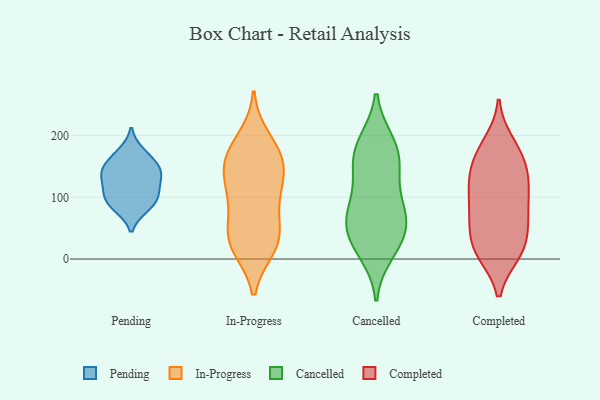
{"axis": {"x": "Website Visitors", "y": "Value"}, "legend": ["Cancelled", "Completed", "In-Progress", "Pending"], "data": [{"x": "", "y": 148, "type": "Pending"}, {"x": "", "y": 84, "type": "Pending"}, {"x": "", "y": 162, "type": "Pending"}, {"x": "", "y": 107, "type": "Pending"}, {"x": "", "y": 134, "type": "Pending"}, {"x": "", "y": 112, "type": "Pending"}, {"x": "", "y": 86, "type": "Pending"}, {"x": "", "y": 138, "type": "Pending"}, {"x": "", "y": 98, "type": "Pending"}, {"x": "", "y": 173, "type": "Pending"}, {"x": "", "y": 139, "type": "Pending"}, {"x": "", "y": 89, "type": "In-Progress"}, {"x": "", "y": 159, "type": "In-Progress"}, {"x": "", "y": 115, "type": "In-Progress"}, {"x": "", "y": 45, "type": "In-Progress"}, {"x": "", "y": 101, "type": "In-Progress"}, {"x": "", "y": 20, "type": "In-Progress"}, {"x": "", "y": 170, "type": "In-Progress"}, {"x": "", "y": 29, "type": "In-Progress"}, {"x": "", "y": 129, "type": "In-Progress"}, {"x": "", "y": 36, "type": "In-Progress"}, {"x": "", "y": 155, "type": "In-Progress"}, {"x": "", "y": 164, "type": "In-Progress"}, {"x": "", "y": 194, "type": "In-Progress"}, {"x": "", "y": 24, "type": "In-Progress"}, {"x": "", "y": 80, "type": "Cancelled"}, {"x": "", "y": 35, "type": "Cancelled"}, {"x": "", "y": 70, "type": "Cancelled"}, {"x": "", "y": 141, "type": "Cancelled"}, {"x": "", "y": 190, "type": "Cancelled"}, {"x": "", "y": 189, "type": "Cancelled"}, {"x": "", "y": 51, "type": "Cancelled"}, {"x": "", "y": 41, "type": "Cancelled"}, {"x": "", "y": 149, "type": "Cancelled"}, {"x": "", "y": 151, "type": "Cancelled"}, {"x": "", "y": 88, "type": "Cancelled"}, {"x": "", "y": 80, "type": "Cancelled"}, {"x": "", "y": 10, "type": "Cancelled"}, {"x": "", "y": 176, "type": "Cancelled"}, {"x": "", "y": 21, "type": "Cancelled"}, {"x": "", "y": 166, "type": "Completed"}, {"x": "", "y": 122, "type": "Completed"}, {"x": "", "y": 122, "type": "Completed"}, {"x": "", "y": 178, "type": "Completed"}, {"x": "", "y": 166, "type": "Completed"}, {"x": "", "y": 74, "type": "Completed"}, {"x": "", "y": 17, "type": "Completed"}, {"x": "", "y": 55, "type": "Completed"}, {"x": "", "y": 97, "type": "Completed"}, {"x": "", "y": 66, "type": "Completed"}, {"x": "", "y": 10, "type": "Completed"}, {"x": "", "y": 54, "type": "Completed"}, {"x": "", "y": 188, "type": "Completed"}, {"x": "", "y": 126, "type": "Completed"}, {"x": "", "y": 20, "type": "Completed"}, {"x": "", "y": 123, "type": "Completed"}, {"x": "", "y": 12, "type": "Completed"}, {"x": "", "y": 146, "type": "Completed"}, {"x": "", "y": 79, "type": "Completed"}, {"x": "", "y": 10, "type": "Completed"}]}